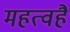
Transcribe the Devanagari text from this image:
महत्वहै